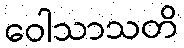
ဝေါသာသတိ